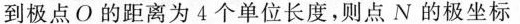
到极点O的距离为4个单位长度，则点N的极坐标